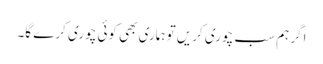
اگر ہم سب چوری کریں تو ہماری بھی کوئی چوری کرے گا۔